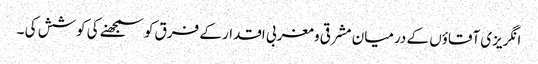
انگریزی آقاؤں کے درمیان مشرقی و مغربی اقدار کے فرق کو سمجھنے کی کوشش کی ۔